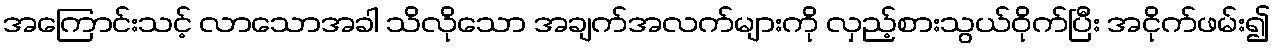
အကြောင်းသင့် လာသောအခါ သိလိုသော အချက်အလက်များကို လှည့်စားသွယ်ဝိုက်ပြီး အငိုက်ဖမ်း၍